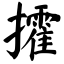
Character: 攉